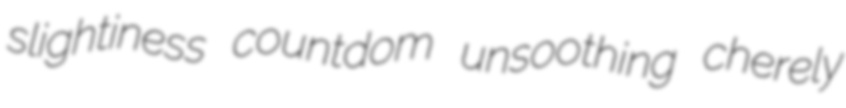
slightiness countdom unsoothing cherely